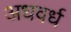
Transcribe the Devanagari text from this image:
अधवर्ध